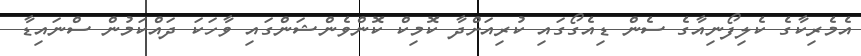
އެމެރިކާގެ ކެލިފޯނިއާގެ ސެން ޑިއެގޯގައި ކުރިއަށްދާ ކޮމިކް ކޮންވެންޝަންގައި ވާހަކަ ދައްކަމުން ސްނައިޑާ